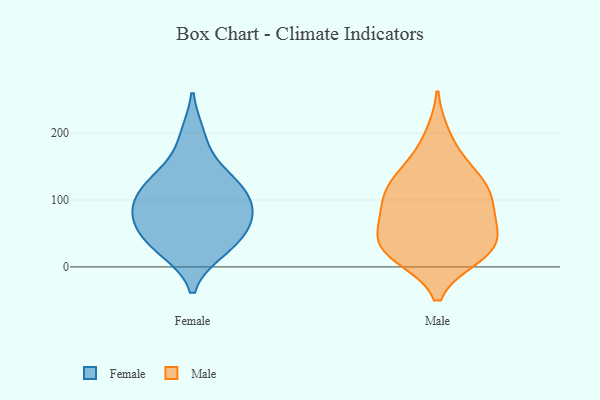
{"axis": {"x": "Waste Production (Tons)", "y": "Value"}, "legend": ["Female", "Male"], "data": [{"x": "", "y": 197, "type": "Female"}, {"x": "", "y": 136, "type": "Female"}, {"x": "", "y": 102, "type": "Female"}, {"x": "", "y": 106, "type": "Female"}, {"x": "", "y": 64, "type": "Female"}, {"x": "", "y": 24, "type": "Female"}, {"x": "", "y": 104, "type": "Female"}, {"x": "", "y": 77, "type": "Female"}, {"x": "", "y": 47, "type": "Female"}, {"x": "", "y": 139, "type": "Female"}, {"x": "", "y": 27, "type": "Female"}, {"x": "", "y": 67, "type": "Female"}, {"x": "", "y": 114, "type": "Male"}, {"x": "", "y": 107, "type": "Male"}, {"x": "", "y": 143, "type": "Male"}, {"x": "", "y": 104, "type": "Male"}, {"x": "", "y": 16, "type": "Male"}, {"x": "", "y": 61, "type": "Male"}, {"x": "", "y": 196, "type": "Male"}, {"x": "", "y": 16, "type": "Male"}, {"x": "", "y": 119, "type": "Male"}, {"x": "", "y": 35, "type": "Male"}, {"x": "", "y": 45, "type": "Male"}, {"x": "", "y": 151, "type": "Male"}, {"x": "", "y": 72, "type": "Male"}, {"x": "", "y": 25, "type": "Male"}, {"x": "", "y": 26, "type": "Male"}, {"x": "", "y": 79, "type": "Male"}]}